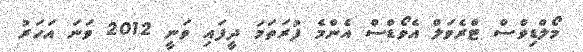
މޯލްޑިވްސް ޓްރެވަލް އެވޯޑްސް އެންމެ ފުރަތަމަ ދީފައި ވަނީ 2012 ވަނަ އަހަރު